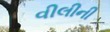
વીલીની